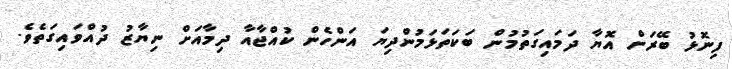
ފިނޮޅު ބޭރަށް އޮޔާ ދަމައިގަތުމުން ބަކަތަޅަމުންދިޔަ އަންހެން ކުއްޖާއާ ދިމާއަށް ނިޔާޒު ދުއްވައިގަތެވެ.